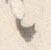
之